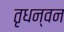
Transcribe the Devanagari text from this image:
तृधन्वन